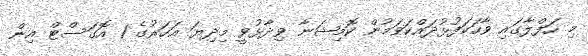
މި ހަފްލާގައި ވާހަކަފުޅުދައްކަވަމުން ކޮމިޝަނާ ވިދާޅުވީ މިދިޔަ އަހަރުގެ 1 އޮގަސްޓް އިން